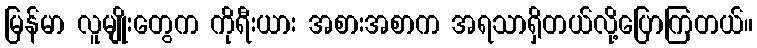
မြန်မာ လူမျိုးတွေက ကိုရီးယား အစားအစာက အရသာရှိတယ်လို့ပြောကြတယ်။